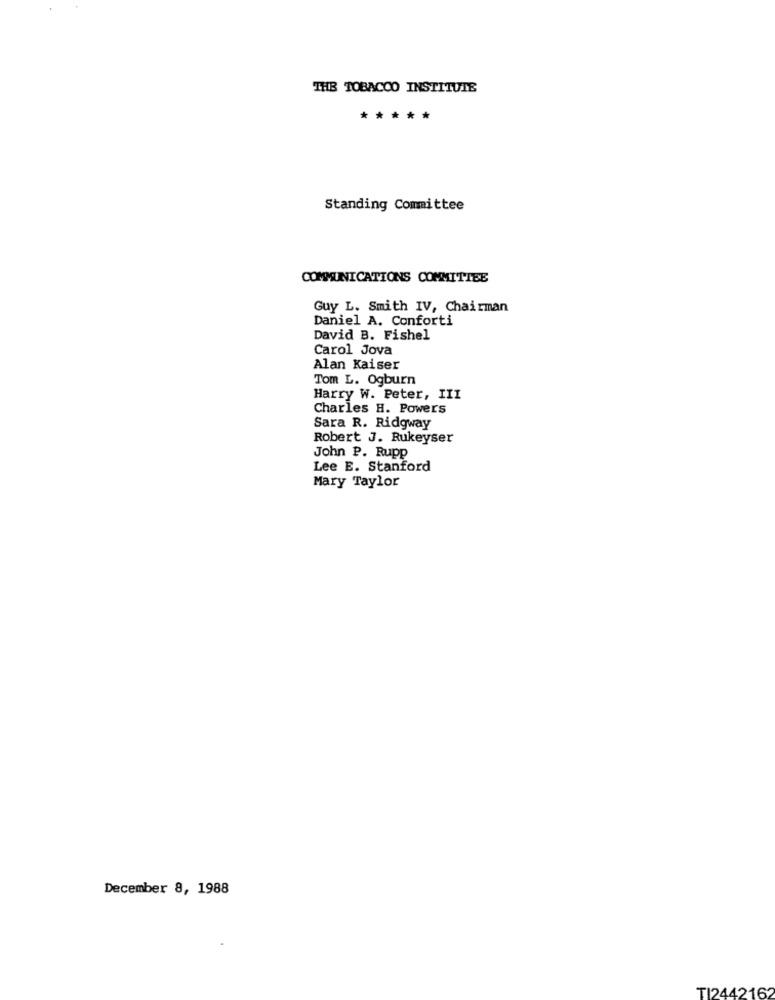
THE TOBACCO INSTITUTE
*****
Standing Committee
COMMUNICATIONS COMMITTEE
Guy L. Smith IV, Chairman
Daniel A. Conforti
David B. Fishel
Carol Jova
Alan Kaiser
Tom L. Ogburn
Harry W. Peter, III
Charles H. Powers
Sara R. Ridgway
Robert J. Rukeyser
John P. Rupp
Lee E. Stanford
Mary Taylor
December 8, 1988
TI2442162